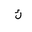
Letter: _kaf